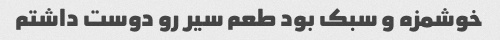
خوشمزه و سبک بود طعم سیر رو دوست داشتم